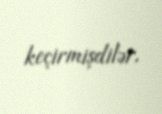
keçirmişdilər.